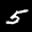
Label: 5